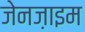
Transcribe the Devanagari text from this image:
जेनज़ाइम